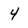
Character: 4